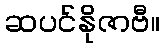
ဆပင်နိုဇာဗီ။